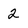
Character: 2